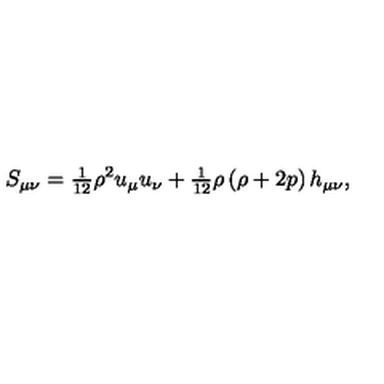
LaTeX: S _ { \mu \nu } = { \textstyle { \frac { 1 } { 1 2 } } } \rho ^ { 2 } u _ { \mu } u _ { \nu } + { \textstyle { \frac { 1 } { 1 2 } } } \rho \left( \rho + 2 p \right) h _ { \mu \nu } ,